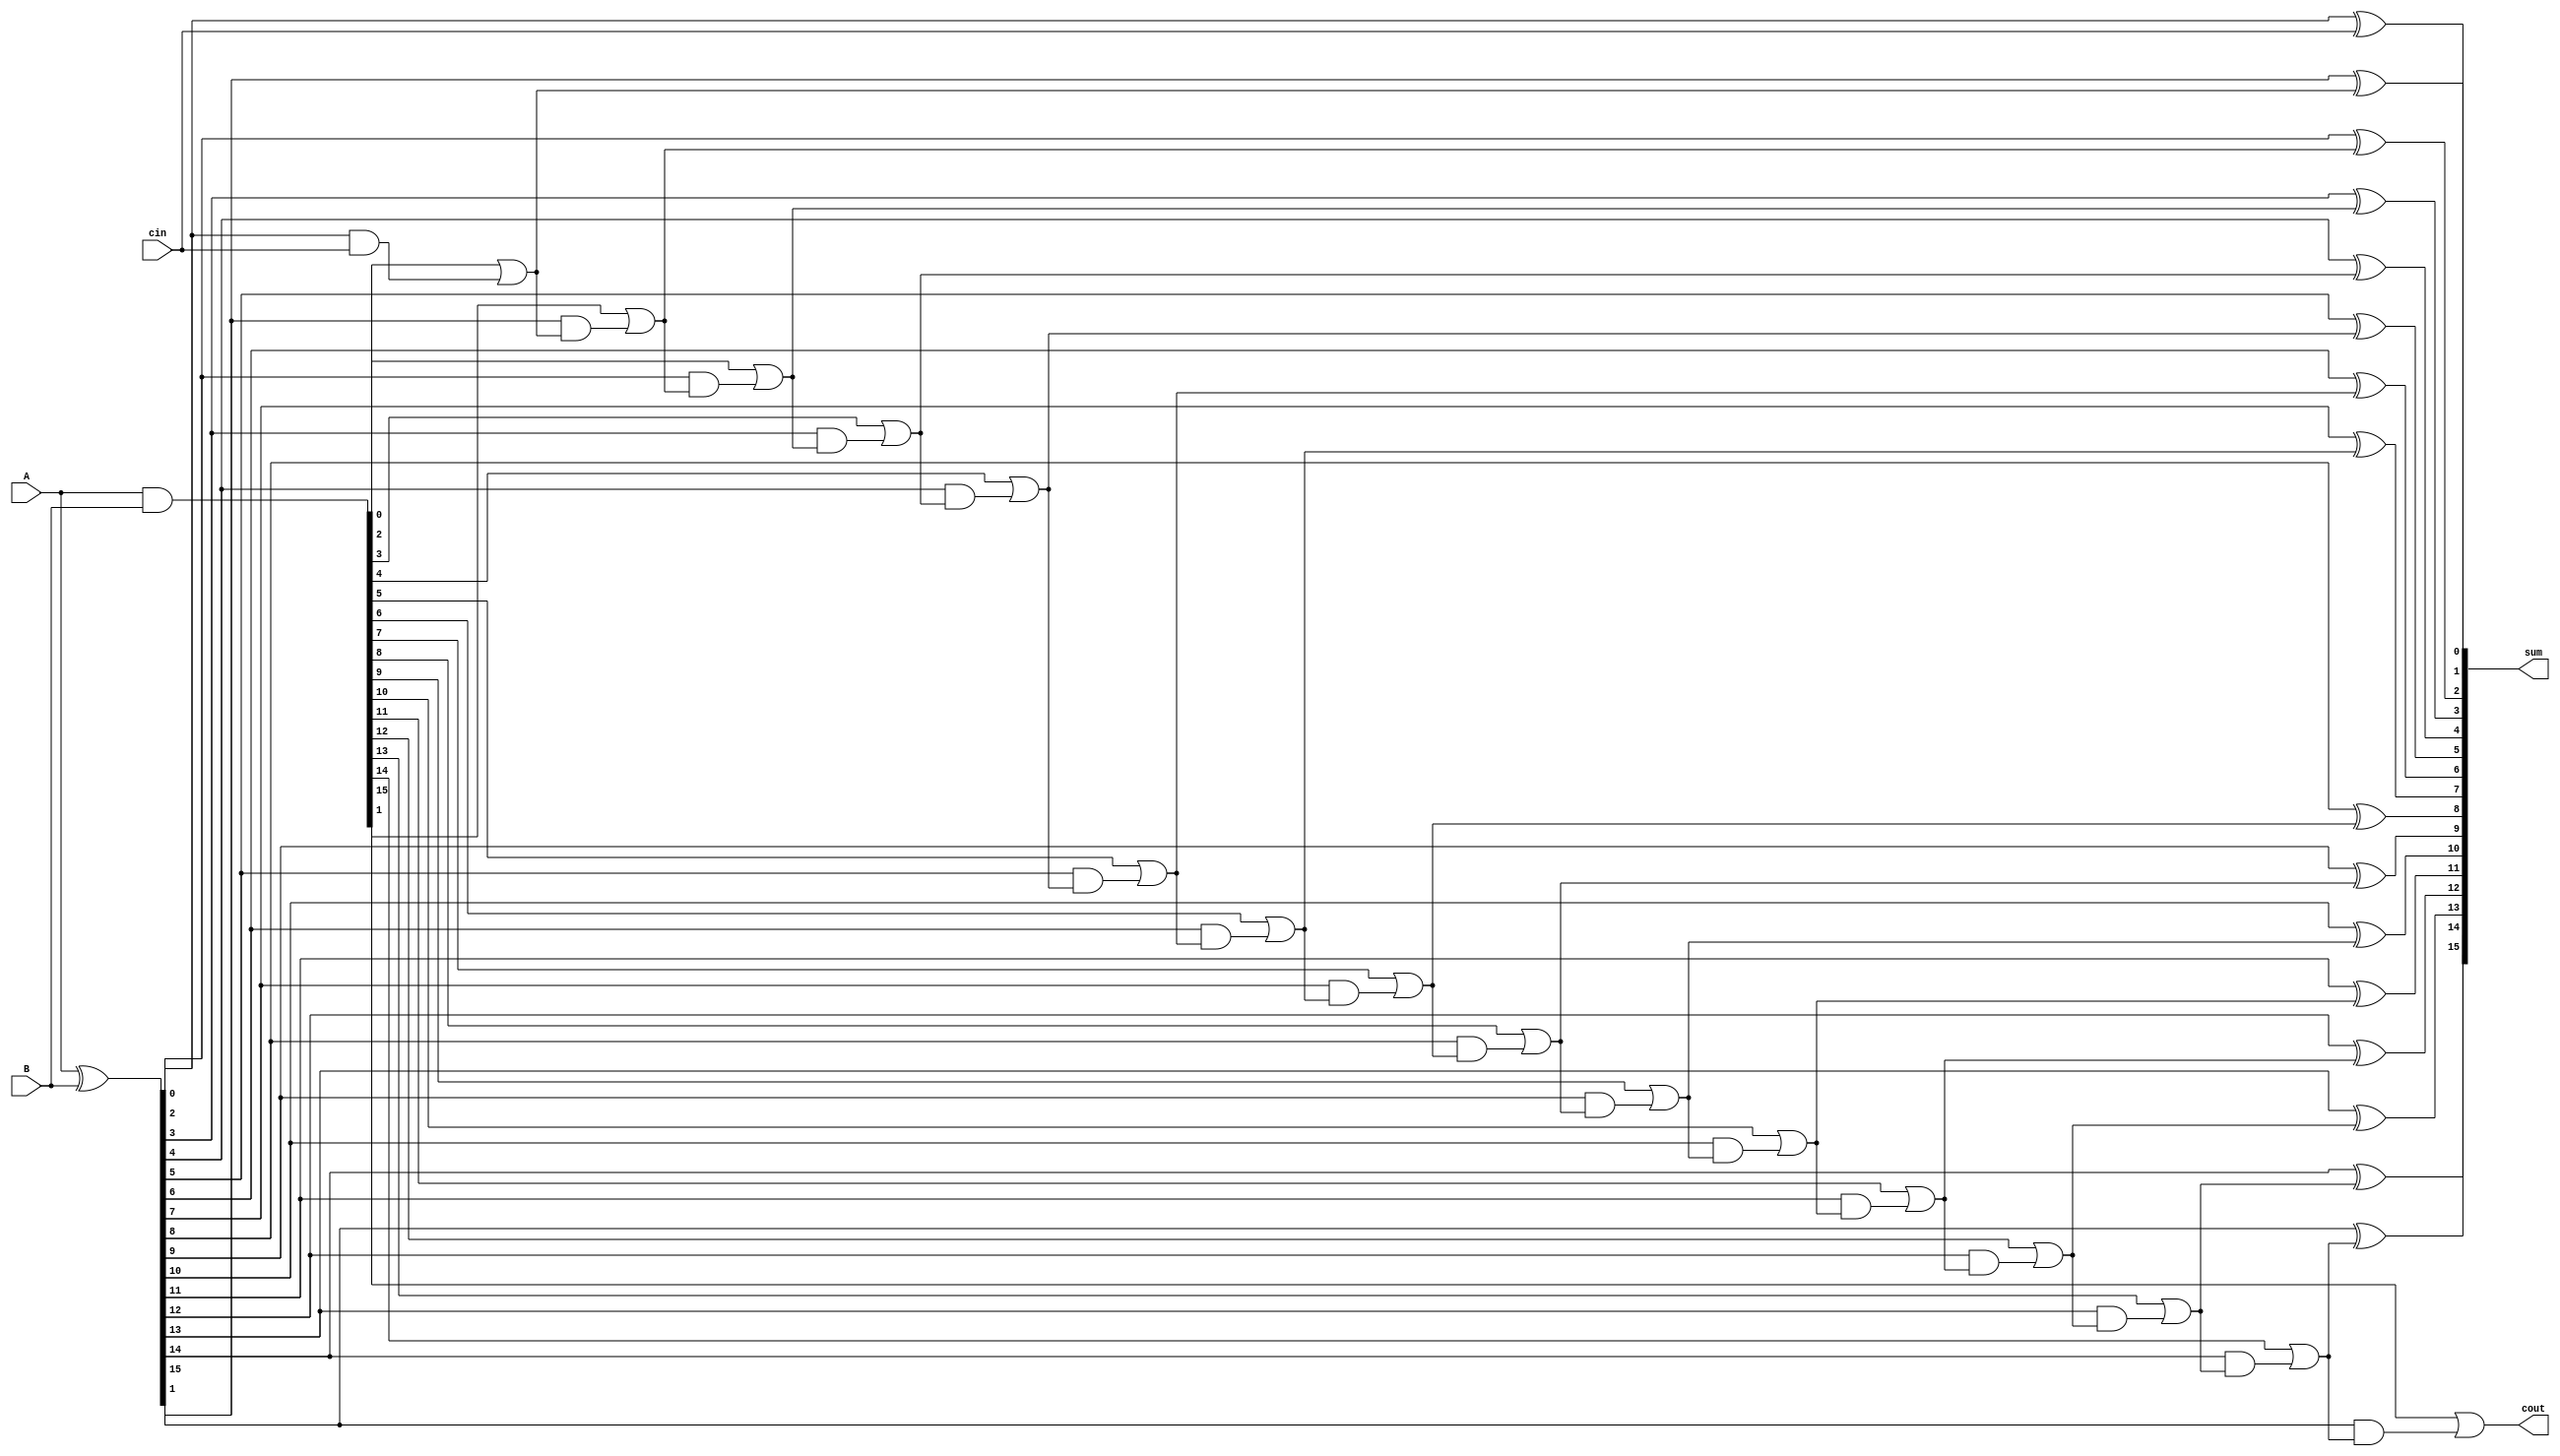
module carry_skip_adder (
  input [15:0] A,
  input [15:0] B,
  input cin,
  output [15:0] sum,
  output cout
);

  wire [15:0] p, g;
  wire [15:0] c;

  assign p = A ^ B;
  assign g = A & B;
  
  assign sum[0] = p[0] ^ cin;
  assign c[0] = g[0] | (p[0] & cin);

  genvar i;
  generate
    for (i = 1; i < 16; i = i + 1) begin
      assign sum[i] = p[i] ^ c[i-1];
      assign c[i] = g[i] | (p[i] & c[i-1]);
    end
  endgenerate

  assign cout = c[15];

endmodule